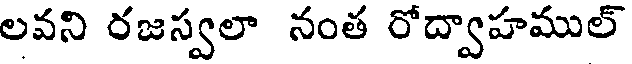
లవని రజస్వలా నంత రోద్వాహముల్